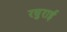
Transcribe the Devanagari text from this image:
रघुराई